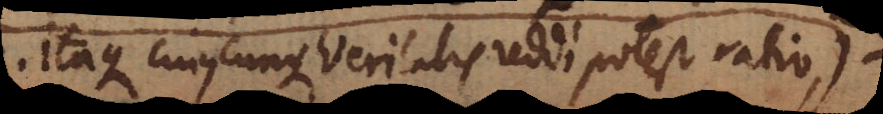
itaque cujuscunque veritatis reddi potest ratio,